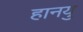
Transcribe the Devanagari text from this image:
हानयु